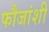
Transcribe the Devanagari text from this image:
फौजांशी